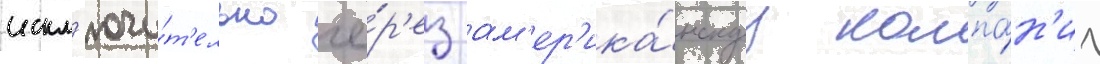
искл'ючи́т'ельно че́р'ез ам'ер'ика́нскуу компа́н'иу